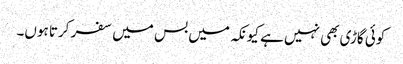
کوئی گاڑی بھی نہیں ہے کیونکہ میں بس میں سفر کرتا ہوں۔